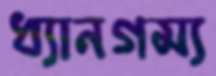
ধ্যানগম্য